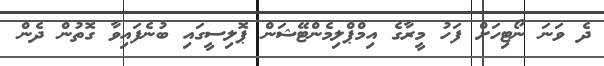
ދެ ވަނަ ނޯޓިހަށް ފަހު މީރާގެ އިމްޕްލިމެންޓޭޝަން ޕޮލިސީގައި ބުނެފައިވާ ގޮތުން ދެން